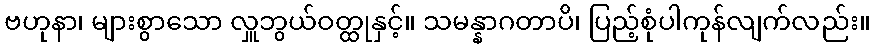
ဗဟုနာ၊ များစွာသော လှူဘွယ်ဝတ္ထုနှင့်။ သမန္နာဂတာပိ၊ ပြည့်စုံပါကုန်လျက်လည်း။